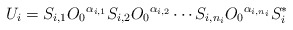
\begin{align*} U_i =S_{i,1} {O_0}^{\alpha_{i,1}} S_{i,2} {O_0}^{\alpha_{i,2} } \cdots S_{i,n_i} {O_0}^{\alpha_{i,n_i}} S_i^{*} \end{align*}